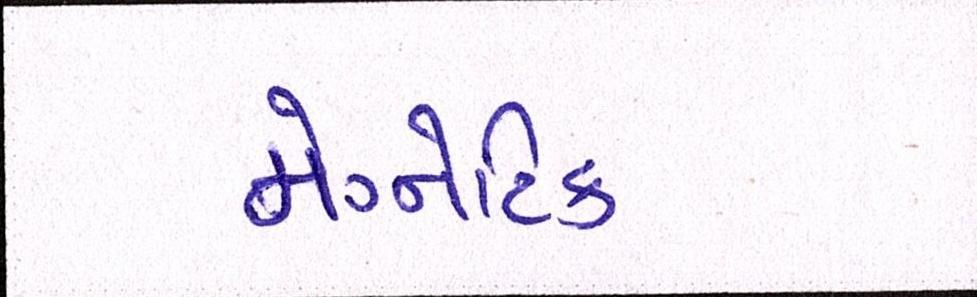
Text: મેગ્નેટિક